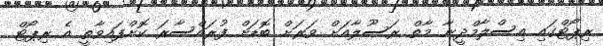
ރިޕޯޓްގައި އިސްލާމްދީނާ މާތް ރަސޫލާއަށް ވަރަށް ބޮޑަށް ފުރައްސާރަ ކޮށްފައިވާތީ އެ ރިޕޯޓް